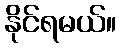
နိုင်ရမယ်။